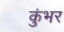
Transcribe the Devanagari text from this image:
कुंभर